Scientific memoirs by medical officers of the Army of India - Part V,
Year: 1890
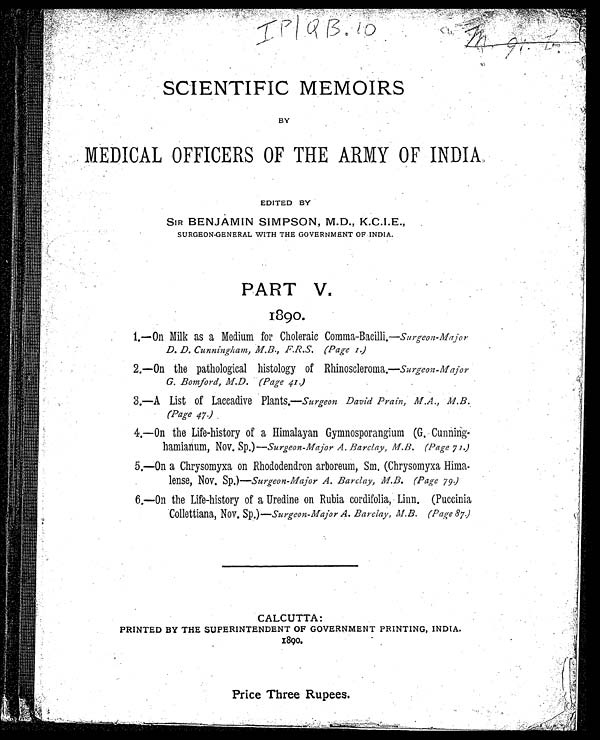
IP/QB. 10
SCIENTIFIC MEMOIRS
BY
MEDICAL OFFICERS OF THE ARMY OF INDIA.
EDITED BY
SIR BENJAMIN SIMPSON, M.D., K.C.I.E.,
SURGEON-GENERAL WITH THE GOVERNMENT OF INDIA.
PART V.
1890.
1.—On Milk as a Medium for Choleraic Comma-Bacilli.—Surgeon-Major
D. D. Cunningham, M.B., F.R.S. (Page 1.)
2.—On the pathological histology of Rhinoscleroma.—Surgeon-Major
G. Bomford, M.D. (Page 41.)
3.—A List of Laccadive Plants.— Surgeon David Prain, M.A., M.B.
(Page 47.)
4.—On the Life-history of a Himalayan Gymnosporangium (G. Cunning
- h a m i a n u m , N o v . S p . ) —
S u r g e o n - M a j o r A . B a r c l a y , M . B . ( P a g e 7 1 . )
5.—On a Chrysomyxa on Rhododendron arboreum, Sm. (Chrysomyxa Hima
- l e n s e , N o v . S p . ) —
S u r g e o n - M a j o r A . B a r c l a y , M . B . ( P a g e 7 9 )
6.—On the Life-history of a Uredine on Rubia cordifolia, Linn. (Puccinia
Collettiana, Nov. Sp.)— Surgeon-Major A. Barclay, M.B, (Page 87.)
CALCUTTA:
PRINTED BY THE SUPERINTENDENT OF GOVERNMENT PRINTING, INDIA.
1890.
Price Three Rupees.